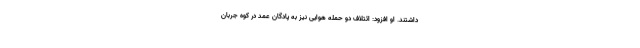
داشتند. او افزود: ائتلاف دو حمله هوایی نیز به پادگان عمد در کوه جربان